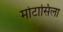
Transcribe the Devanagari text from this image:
मोटासिला